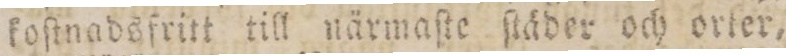
koſtnadsfritt till närmaſte ſtäder och orter,